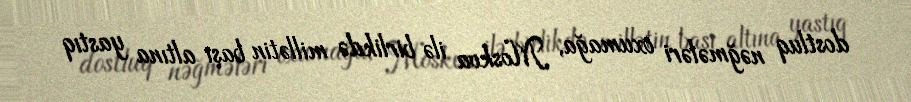
dostluq nəğmələri oxumağa, Moskva ilə birlikdə millətin başı altına yastıq